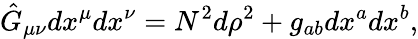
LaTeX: \hat{G}_{\mu\nu}dx^{\mu}dx^{\nu}=N^{2}d\rho^{2}+g_{ab}dx^{a}dx^{b},